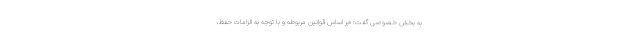
به بخش خصوصی گفت: «بر اساس قوانین مربوطه و با توجه به الزامات حفظ،